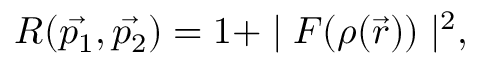
R ( \vec { p _ { 1 } } , \vec { p _ { 2 } } ) = 1 + \mid { \cal F } ( \rho ( \vec { r } ) ) \mid ^ { 2 } ,